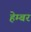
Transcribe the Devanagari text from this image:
हेम्बर